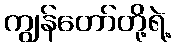
ကျွန်တော်တို့ရဲ့